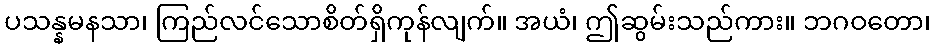
ပသန္နမနသာ၊ ကြည်လင်သောစိတ်ရှိကုန်လျက်။ အယံ၊ ဤဆွမ်းသည်ကား။ ဘဂဝတော၊